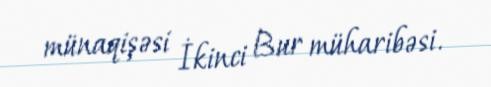
münaqişəsi İkinci Bur müharibəsi.